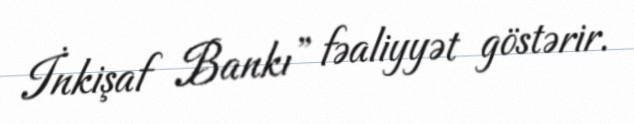
İnkişaf Bankı” fəaliyyət göstərir.